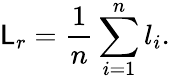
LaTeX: \mathsf{L}_{r}=\frac{{1}}{{n}}\sum_{i=1}^{n}l_{i}.